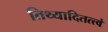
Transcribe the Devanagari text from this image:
तिथ्यादितत्त्वं